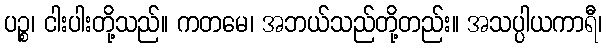
ပဉ္စ၊ ငါးပါးတို့သည်။ ကတမေ၊ အဘယ်သည်တို့တည်း။ အသပ္ပါယကာရီ၊